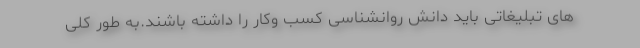
های تبلیغاتی باید دانش روانشناسی کسب وکار را داشته باشند.به طور کلی